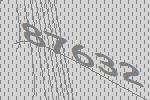
87632